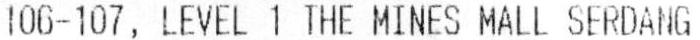
106-107, LEVEL 1 THE MINES MALL SERDANG